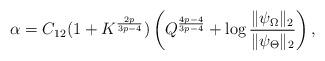
LaTeX: \begin{align*}\alpha=C_{12}(1+K^{\frac{2p}{3p-4}})\left(Q^{\frac{4p-4}{3p-4}}+\log\frac{\|\psi_{\Omega}\|_{2}}{\|\psi_{\Theta}\|_{2}}\right),\end{align*}